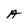
Character: A